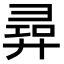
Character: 𢍟